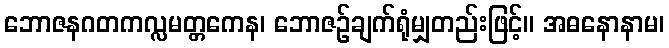
ဘောဇနဂတကလ္လမတ္တကေန၊ ဘောဇဉ်ချက်ရုံမျှတည်းဖြင့်။ အဓနောနာမ၊